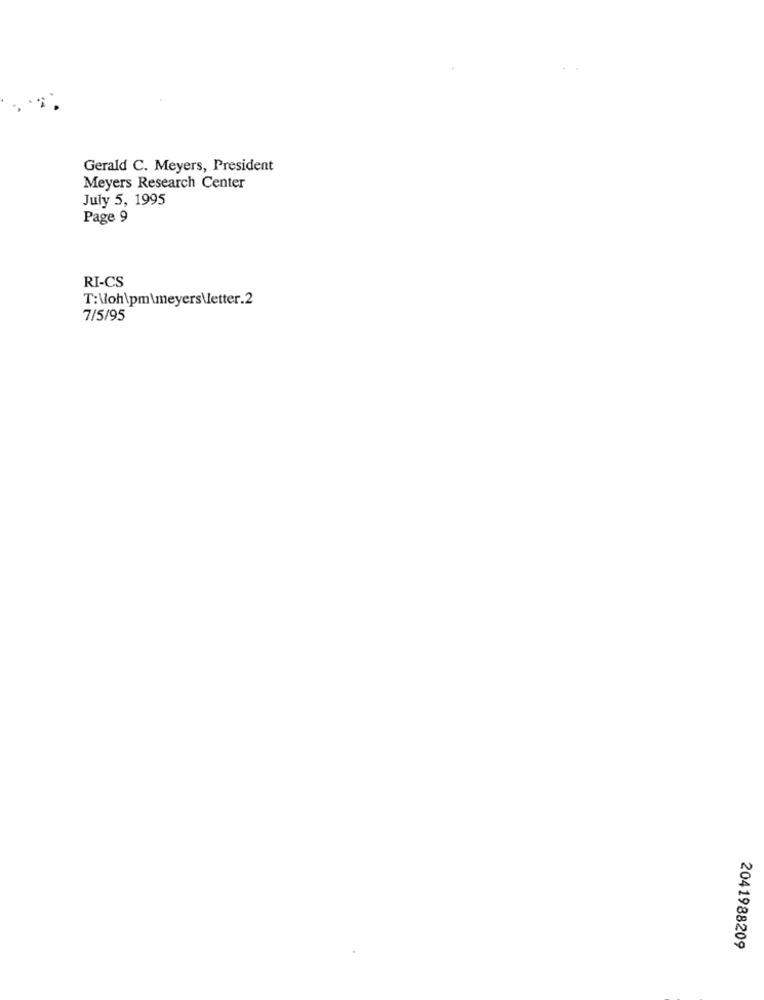
Gerald C. Meyers, President
Meyers Research Center
July 5, 1995
Page 9
RI-CS
T:\oh\pm\meyers\letter.2
7/5/95
2041988209